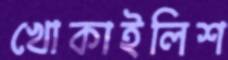
খোকাইলিশ